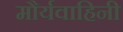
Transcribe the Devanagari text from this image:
मौर्यवाहिनी